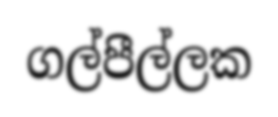
ගල්පීල්ලක